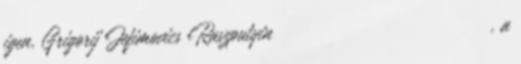
igen, Grigorij Jefimovics Raszputyin Григо́рий Ефи́мович Распу́тин , a